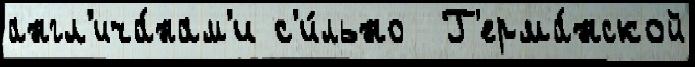
англ'ича́нам'и с'и́льно  Г'ерма́нской